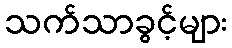
သက်သာခွင့်များ